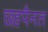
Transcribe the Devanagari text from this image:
छहपैनल